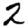
Digit: 2